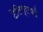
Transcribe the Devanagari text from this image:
टेलिग्राफों